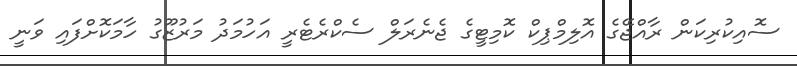
ސޮއިކުރިކަން ރާއްޖޭގެ އޮލިމްޕިކް ކޮމިޓީގެ ޖެނެރަލް ސެކްރެޓެރީ އަހުމަދު މަރުޒޫގު ހާމަކޮށްފައި ވަނީ